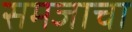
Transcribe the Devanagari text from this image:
समजाचा